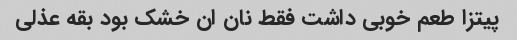
پیتزا طعم خوبی داشت فقط نان ان خشک بود بقه عذلی